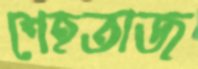
শেহতাজ